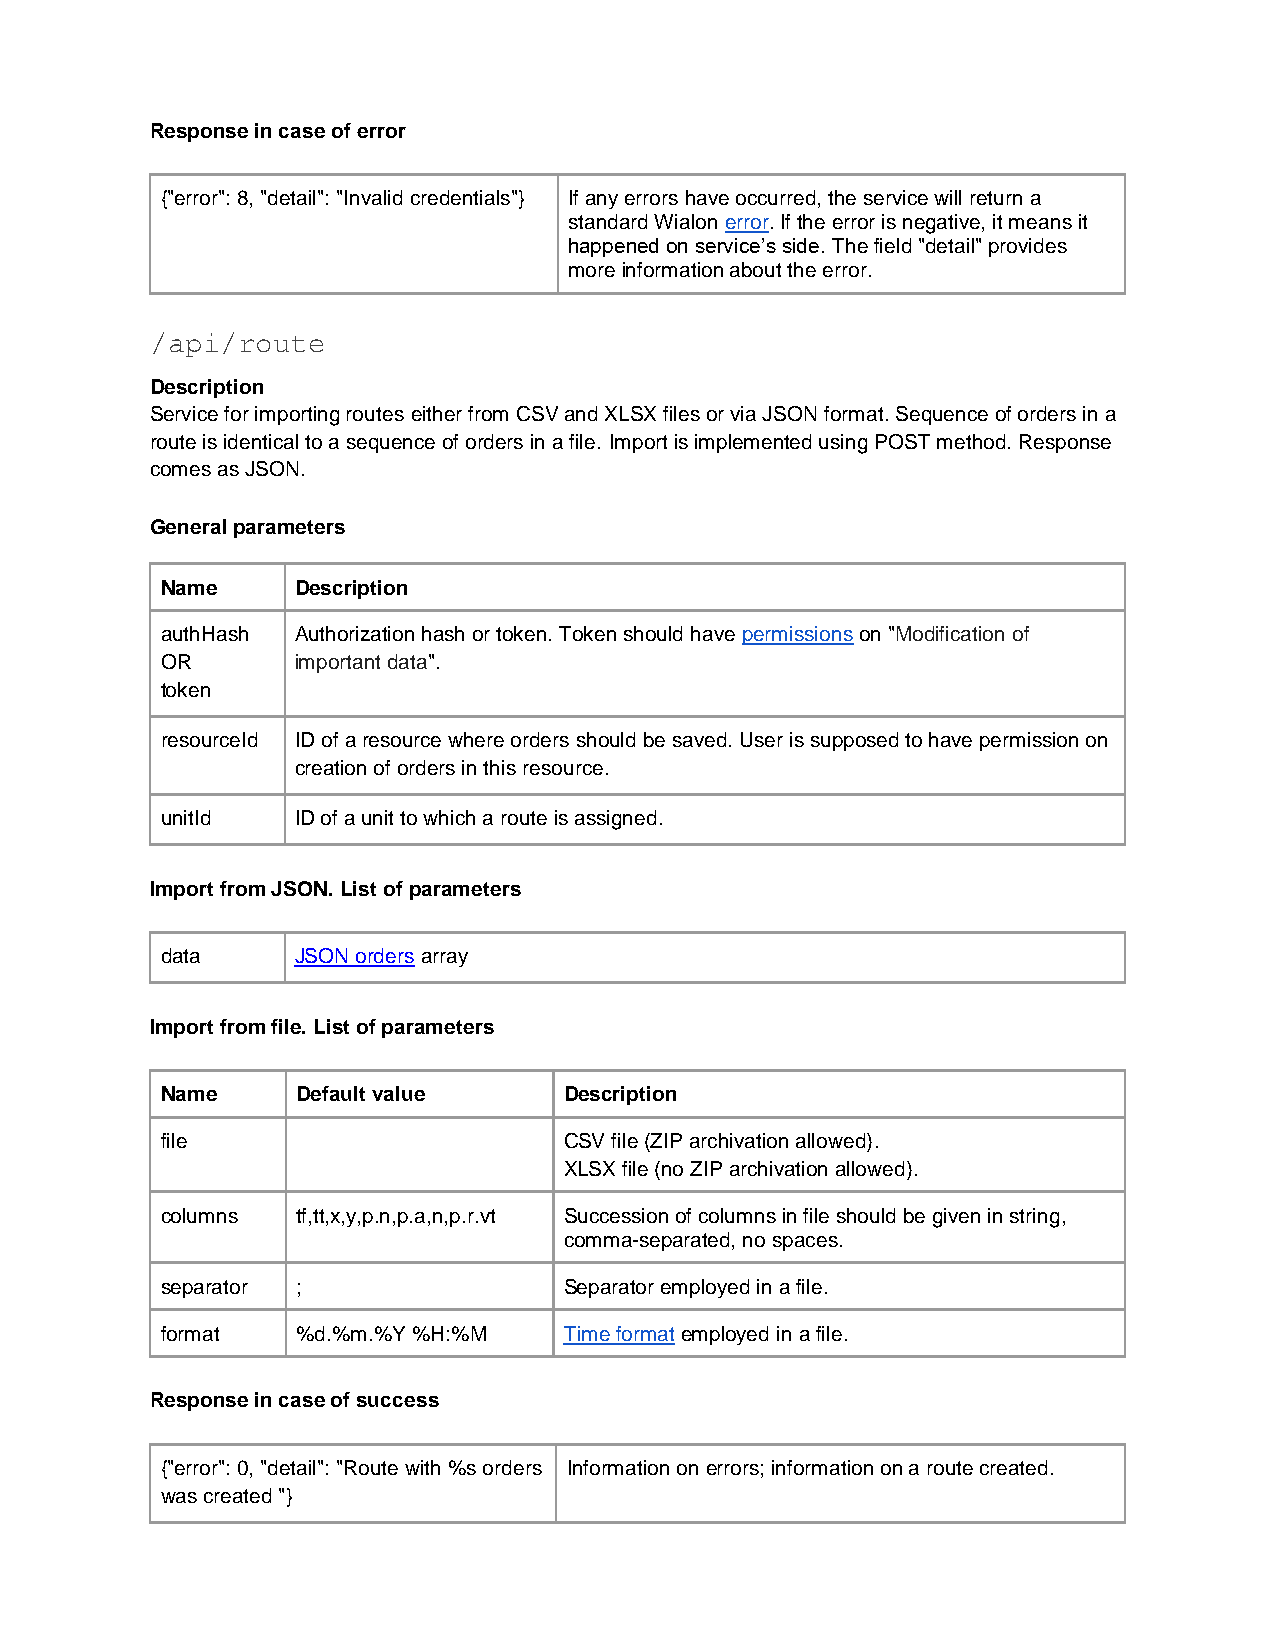
Response in case of error
 {"error": 8, "detail": "Invalid credentials"} If any errors have occurred, the service will return a
 standard Wialon error. If the error is negative, it means it
 happened on service’s side. The field "detail" provides
 more information about the error.
 /api/route
 Description
 Service for importing routes either from CSV and XLSX files or via JSON format. Sequence of orders in a
 route is identical to a sequence of orders in a file. Import is implemented using POST method. Response
 comes as JSON.
 General parameters
 Name     Description
 authHash Authorization hash or token. Token should have permissions on "Modification of
 OR       important data".
 token
 resourceId ID of a resource where orders should be saved. User is supposed to have permission on
 creation of orders in this resource.
 unitId   ID of a unit to which a route is assigned.
 Import from JSON. List of parameters
 data     JSON orders array
 Import from file. List of parameters
 Name     Default value    Description
 file                      CSV file (ZIP archivation allowed).
 XLSX file (no ZIP archivation allowed).
 columns  tf,tt,x,y,p.n,p.a,n,p.r.vt Succession of columns in file should be given in string,
 comma-separated, no spaces.
 separator ;               Separator employed in a file.
 format   %d.%m.%Y %H:%M   Time format employed in a file.
 Response in case of success
 {"error": 0, "detail": "Route with %s orders Information on errors; information on a route created.
 was created "}